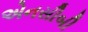
એનસીબી